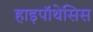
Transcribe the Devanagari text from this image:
हाइपॉथेसिस